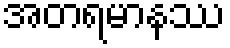
အတရမာနဿ